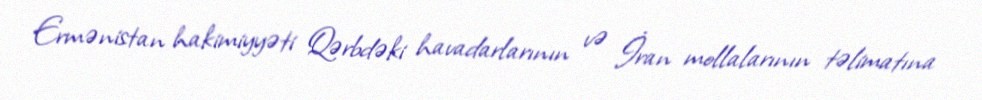
Ermənistan hakimiyyəti Qərbdəki havadarlarının və İran mollalarının təlimatına